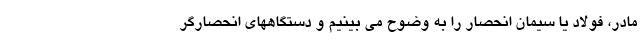
مادر، فولاد یا سیمان انحصار را به وضوح می بینیم و دستگاههای انحصارگر